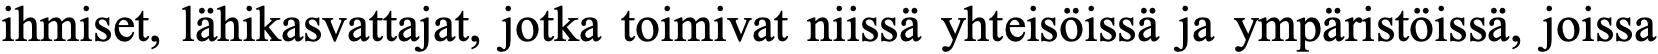
ihmiset, lähikasvattajat, jotka toimivat niissä yhteisöissä ja ympäristöissä, joissa